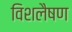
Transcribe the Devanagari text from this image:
विशलैषण